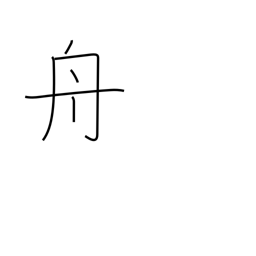
Meaning: boat